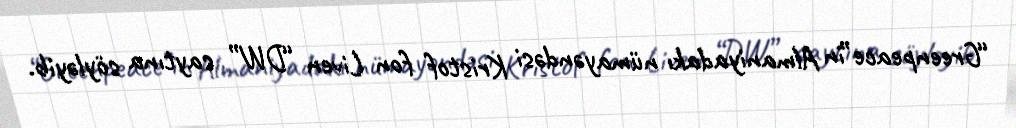
“Greenpeace”in Almaniyadakı nümayəndəsi Kristof fon Liven “DW” saytına söyləyib.